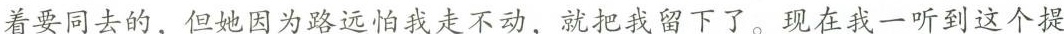
着要同去的，但她因为路远怕我走不动，就把我留下了。现在我一听到了这一个提